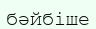
бәйбіше